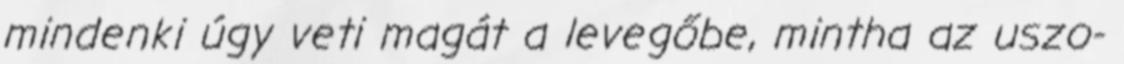
mindenki úgy veti magát a levegőbe, mintha az uszo-